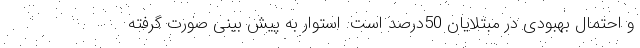
و احتمال بهبودی در مبتلایان 50درصد است. استوار به پیش بینی صورت گرفته